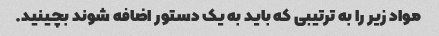
مواد زیر را به ترتیبی که باید به یک دستور اضافه شوند بچینید.